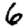
Digit: 6